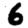
Digit: 6